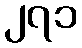
၂၇၁